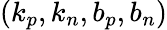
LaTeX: (k_{p},k_{n},b_{p},b_{n})